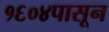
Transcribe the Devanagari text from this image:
१६०४पासून